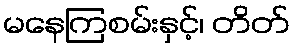
မနေကြစမ်းနှင့်၊ တိတ်